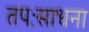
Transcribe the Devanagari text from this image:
तपःसाधना